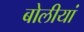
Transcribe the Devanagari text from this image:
बोलीयां